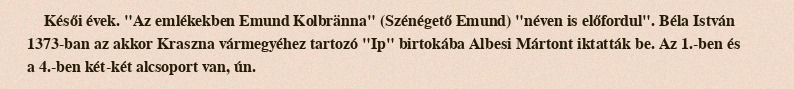
Késői évek. "Az emlékekben Emund Kolbränna" (Szénégető Emund) "néven is előfordul". Béla István 1373-ban az akkor Kraszna vármegyéhez tartozó "Ip" birtokába Albesi Mártont iktatták be. Az 1.-ben és a 4.-ben két-két alcsoport van, ún.